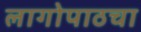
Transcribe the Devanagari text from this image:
लागोपाठचा